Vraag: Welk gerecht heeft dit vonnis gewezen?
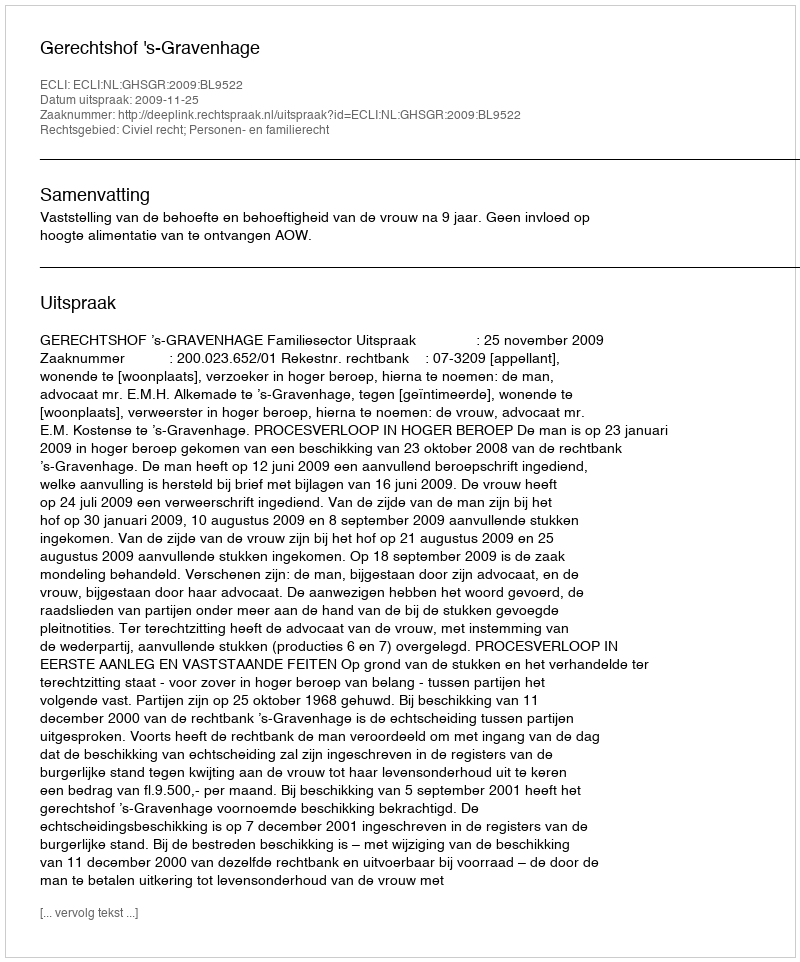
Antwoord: Gerechtshof 's-Gravenhage